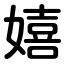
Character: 嬉